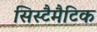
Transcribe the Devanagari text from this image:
सिस्टैमैटिक